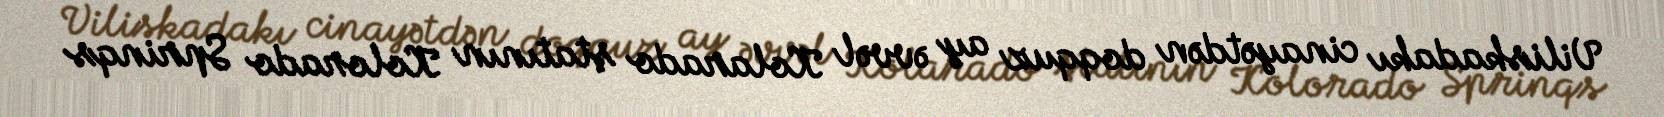
Viliskadakı cinayətdən doqquz ay əvvəl Kolarado ştatının Kolorado Sprinqs